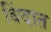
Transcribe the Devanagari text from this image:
बिंदात